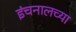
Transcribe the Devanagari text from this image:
इंचनालच्या